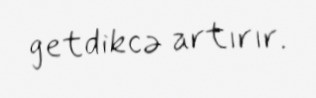
getdikcə artırır.